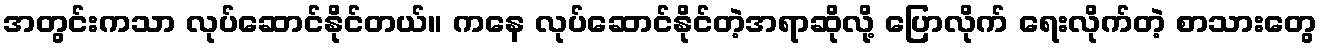
အတွင်းကသာ လုပ်ဆောင်နိုင်တယ်။ ကနေ လုပ်ဆောင်နိုင်တဲ့အရာဆိုလို့ ပြောလိုက် ရေးလိုက်တဲ့ စာသားတွေ